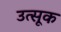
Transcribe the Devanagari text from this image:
उत्सूक